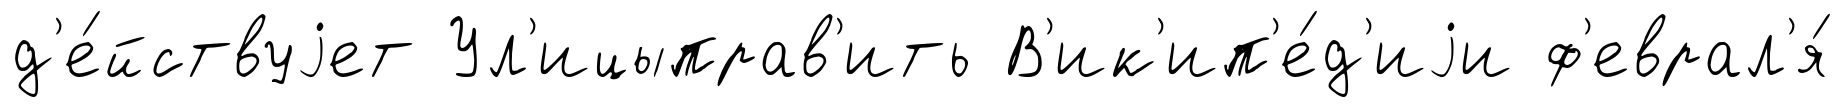
д'е́йствуjет Ул'ицыправ'ить В'ик'ип'е́д'иjи ф'еврал'я́